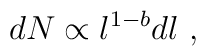
dN\propto l^{1-b}dl\mbox\ ,